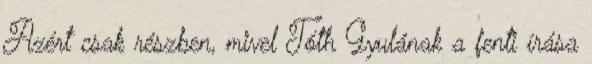
Azért csak részben, mivel Tóth Gyulának a fenti írása